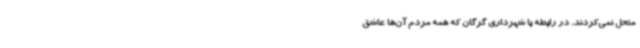
منحل نمی‌کردند. در رابطه با شهرداری گرگان که همه مردم آن‌ها عاشق